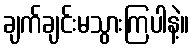
ချက်ချင်းမသွားကြပါနဲ့။